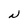
Character: N